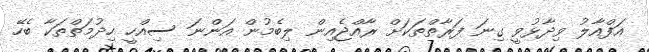
އަފްއާލު ވިދާޅުވީ ގިނަ ފަރާތްތަކަށް ރާއްޖެއިން ލިބެމުން އަންނަ ސިއްހީ ހިދުމަތްތަކާ ބެހޭ